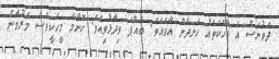
ދެވުނަސް އެ ވާހަކަތައް ހަނދާން އާވެއެވެ. ބައްޕަ ވިދާޅުވިއެވެ. ކޮންމެ މީހަކީވެސް މަރުވާނެ